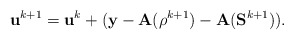
\begin{align*} \mathbf{u}^{k+1} = \mathbf{u}^{k} +(\mathbf{y}-\mathbf{A}(\mathbf{\rho}^{k+1}) -\mathbf{A} (\mathbf{S}^{k+1})). \end{align*}